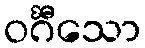
ဝင်္ဂီသော